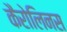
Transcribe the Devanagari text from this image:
कैरोलिनस